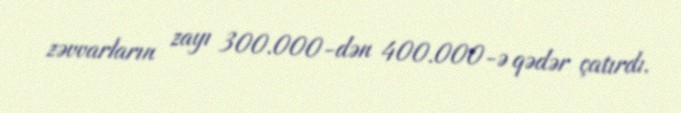
zəvvarların zayı 300.000-dən 400.000-ə qədər çatırdı.